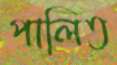
পালিত